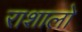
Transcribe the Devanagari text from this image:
राशालो